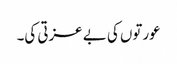
عورتوں کی بے عزتی کی۔